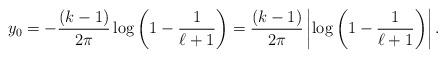
LaTeX: \begin{align*} y_0 = -\frac{(k-1)}{2 \pi} \log\left(1 - \frac{1}{\ell + 1}\right) = \frac{(k-1)}{2 \pi}\left| \log\left( 1 - \frac{1}{\ell + 1} \right) \right|.\end{align*}